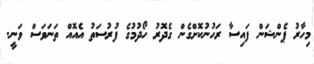
މިހާރު ޕެންޝަން ފައިސާ ރަހުނުކޮށްގެން ގެދޮރު ހޯދުމުގެ ފުރުސަތު އެއޮއް ތަނަވަސް ވަނީ.